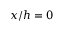
x / h = 0